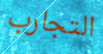
التجارب